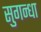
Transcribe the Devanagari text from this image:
सुगन्धा